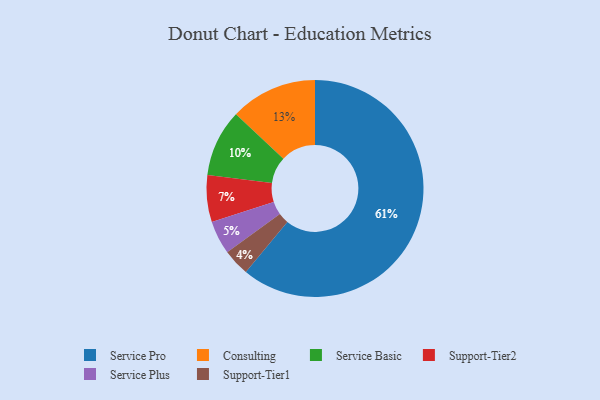
{"axis": {"x": "Category", "y": "Percentage"}, "legend": ["Consulting", "Service Basic", "Service Plus", "Service Pro", "Support-Tier1", "Support-Tier2"], "data": [{"x": "Support-Tier1", "y": 4, "type": "Support-Tier1"}, {"x": "Support-Tier2", "y": 7, "type": "Support-Tier2"}, {"x": "Service Basic", "y": 10, "type": "Service Basic"}, {"x": "Service Plus", "y": 5, "type": "Service Plus"}, {"x": "Service Pro", "y": 61, "type": "Service Pro"}, {"x": "Consulting", "y": 13, "type": "Consulting"}]}